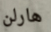
هارلن